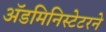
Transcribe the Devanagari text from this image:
ॲडमिनिस्टेटरने